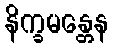
နိက္ခမန္တေန